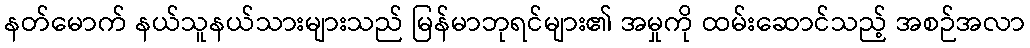
နတ်မောက် နယ်သူနယ်သားများသည် မြန်မာဘုရင်များ၏ အမှုကို ထမ်းဆောင်သည့် အစဉ်အလာ